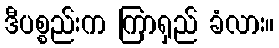
ဒီပစ္စည်းက ကြာရှည် ခံလား။